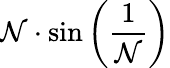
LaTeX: \mathcal{N}\cdot\sin\left({\frac{{1}}{{\mathcal{N}}}}\right)